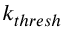
k _ { t h r e s h }